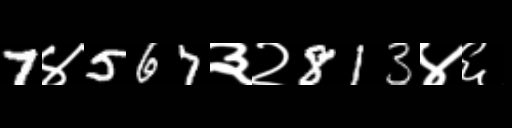
Text: 7४567३२813४६